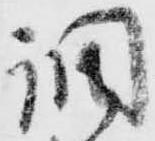
調